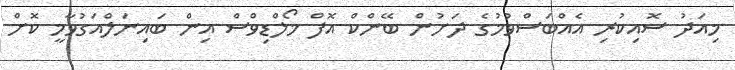
މިއަދު ސޮއިކުރި އެއްބަސްވުމުގެ ދަށުން ބޭންކް އޮފް މޯލްޑިވްސް އިން ބައިނަލްއަގުވާމީ ކޮށް